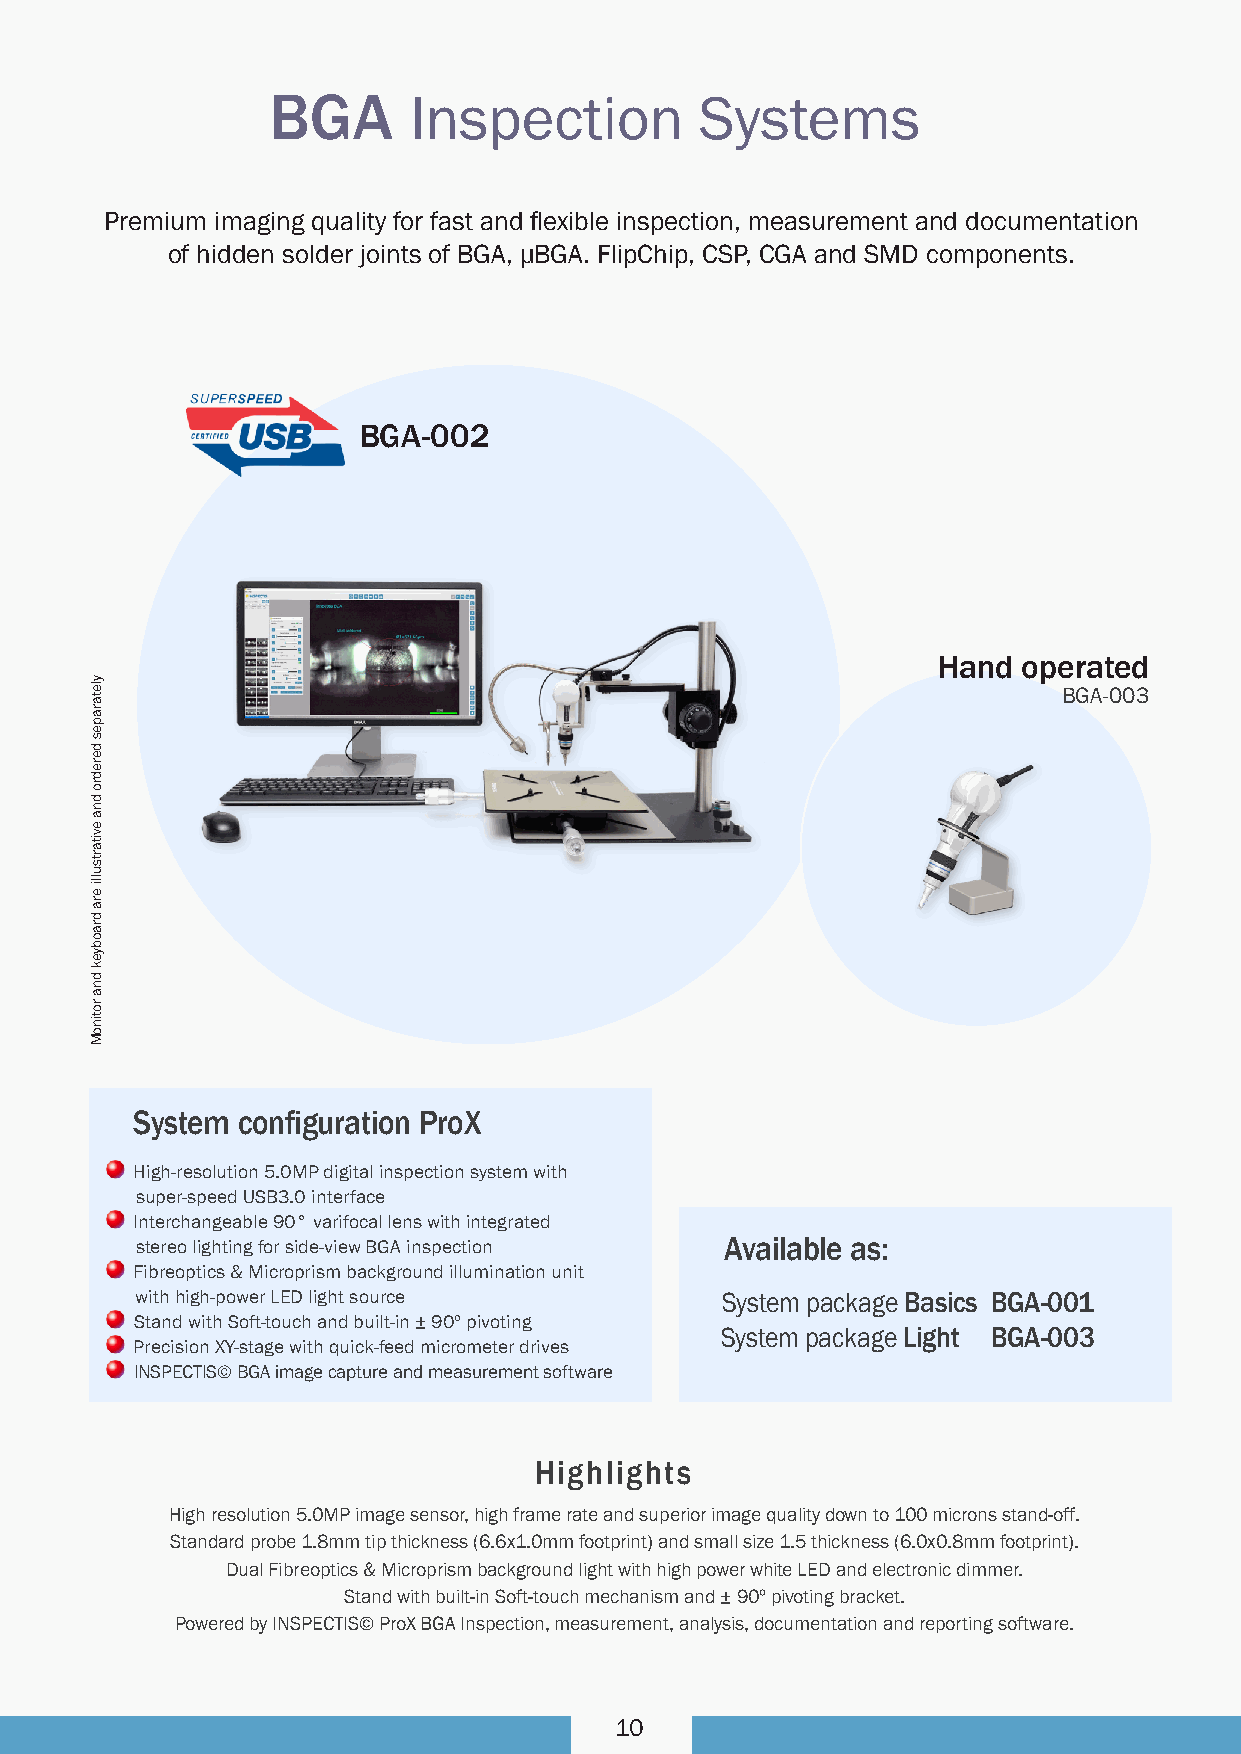
BGA      Inspection         Systems
 Premium imaging quality for fast and flexible inspection, measurement and documentation
 of hidden solder joints of BGA, μBGA. FlipChip, CSP, CGA and SMD components.
 BGA-002
 Hand  operated
 BGA-003
 System configuration ProX
 High-resolution 5.0MP digital inspection system with
 super-speed USB3.0 interface
 Interchangeable 90° varifocal lens with integrated
 stereo lighting for side-view BGA inspection Available as:
 Fibreoptics & Microprism background illumination unit
 with high-power LED light source       System package Basics BGA-001
 Stand with Soft-touch and built-in ± 90º pivoting
 System package Light BGA-003
 Precision XY-stage with quick-feed micrometer drives
 INSPECTIS© BGA image capture and measurement software
 Highlights
 High resolution 5.0MP image sensor, high frame rate and superior image quality down to 100 microns stand-off.
 Standard probe 1.8mm tip thickness (6.6x1.0mm footprint) and small size 1.5 thickness (6.0x0.8mm footprint).
 Dual Fibreoptics & Microprism background light with high power white LED and electronic dimmer.
 Stand with built-in Soft-touch mechanism and ± 90º pivoting bracket.
 Powered by INSPECTIS© ProX BGA Inspection, measurement, analysis, documentation and reporting software.
 10
 yletarapes
 deredro
 dna
 evitartsulli
 era
 draobyek
 dna
 rotinoM